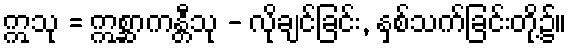
ဣသု = ဣစ္ဆာကန္တီသု - လိုချင်ခြင်း, နှစ်သက်ခြင်းတို့၌။